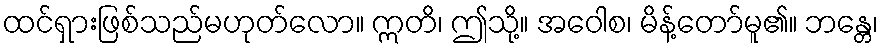
ထင်ရှားဖြစ်သည်မဟုတ်လော။ ဣတိ၊ ဤသို့။ အဝေါစ၊ မိန့်တော်မူ၏။ ဘန္တေ၊